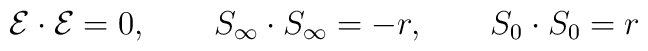
{\cal{E}} \cdot {\cal{E}} =0, \qquad S_{\infty}\cdot S_{\infty}=-r,  \qquad S_{0}\cdot S_{0}= r